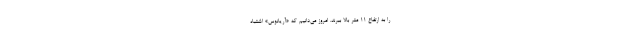
را به ارتفاع ۱۱ متر بالا ببرند. امروز می‌دانیم که «آریانوس» اشتباه